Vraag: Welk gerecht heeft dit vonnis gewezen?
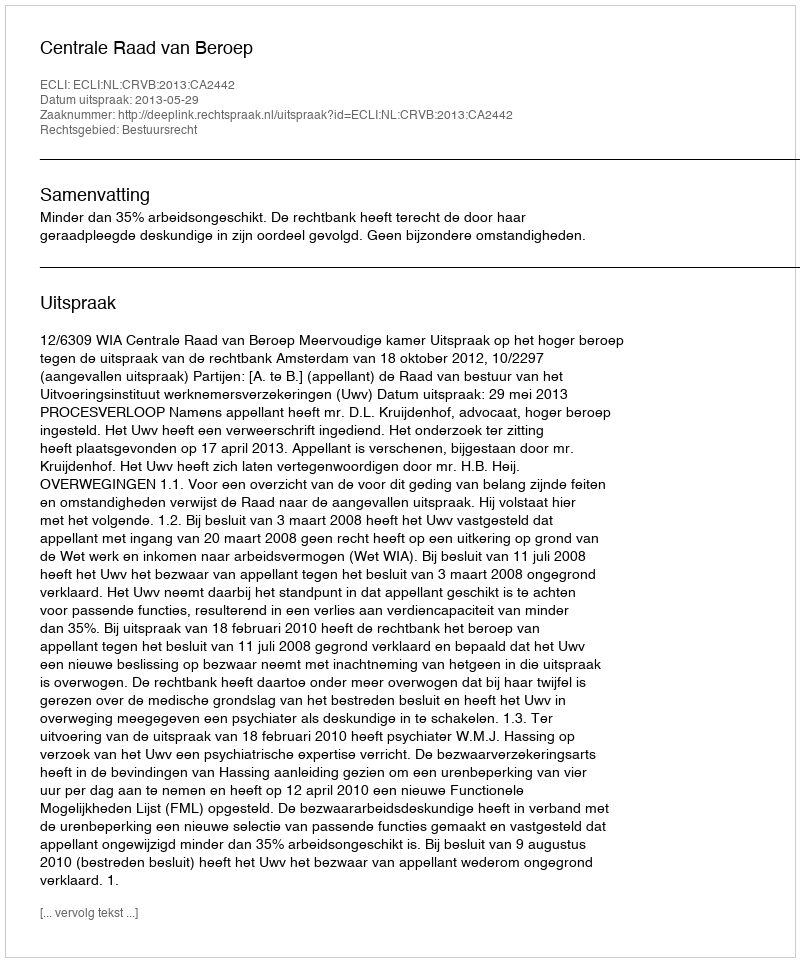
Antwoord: Centrale Raad van Beroep